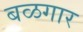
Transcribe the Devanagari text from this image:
बळगार